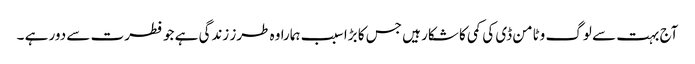
آج بہت سے لوگ وٹامن ڈی کی کمی کا شکار ہیں جس کا بڑا سبب ہمارا وہ طرز زندگی ہے جو فطرت سے دور ہے ۔